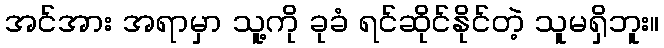
အင်အား အရာမှာ သူ့ကို ခုခံ ရင်ဆိုင်နိုင်တဲ့ သူမရှိဘူး။